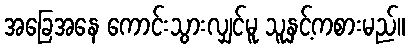
အခြေအနေ ကောင်းသွားလျှင်မူ သူနှင့်ကစားမည်။